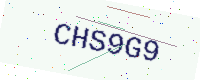
Text: CHS9G9